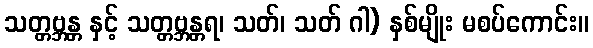
သတ္တဗ္ဘန္တ နှင့် သတ္တဗ္ဘန္တရ၊ သတ်၊ သတ် ဂါ) နှစ်မျိုး မစပ်ကောင်း။